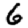
Digit: 6